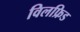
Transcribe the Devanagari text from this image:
विलफ्रिड